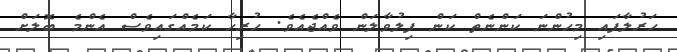
ހަރުލާފައި މިހުންނަ ކަންނެތް ކަން ފިލުވާލަން ވެއްޖެއެވެ. ހުރިހާ ކަމެއްގައިވެސް އެންމެ ބޮލަށް